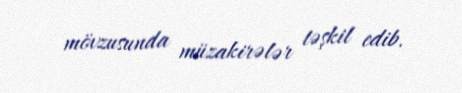
mövzusunda müzakirələr təşkil edib.